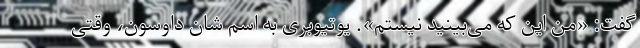
گفت: «من این که می‌بینید نیستم». یوتیوبری به اسم شان داوسون، وقتی